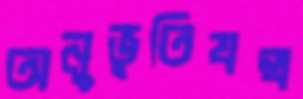
অনুভূতিযন্ত্র